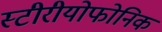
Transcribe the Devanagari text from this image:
स्टीरीयोफोनिक